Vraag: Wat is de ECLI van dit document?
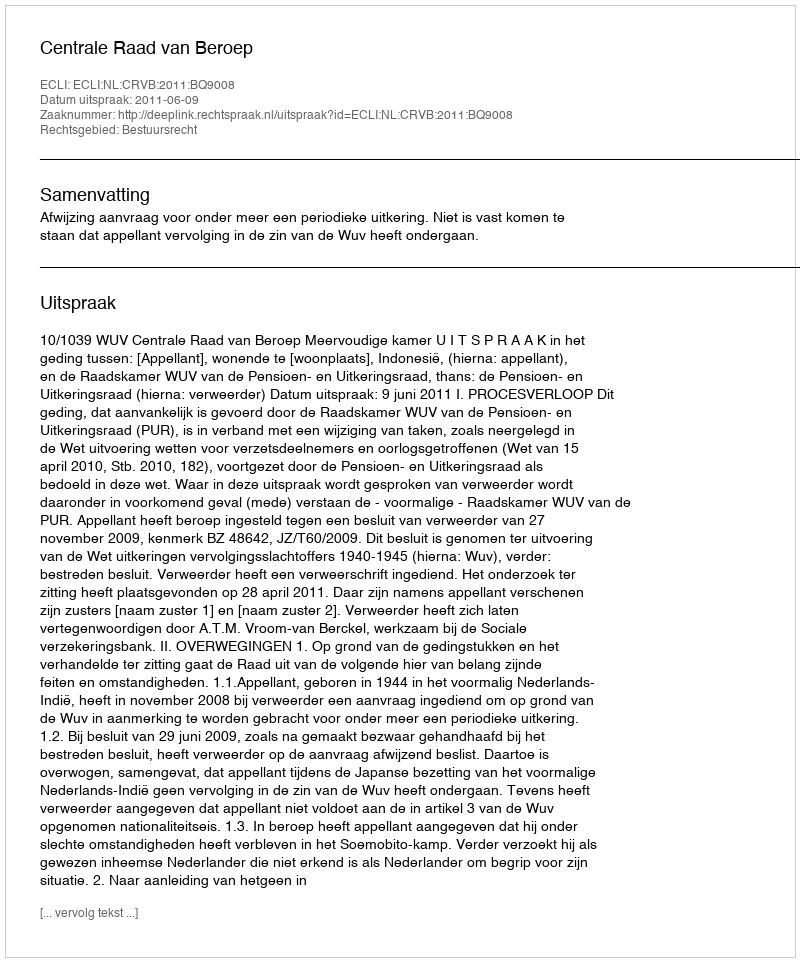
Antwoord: ECLI:NL:CRVB:2011:BQ9008